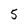
Character: 5